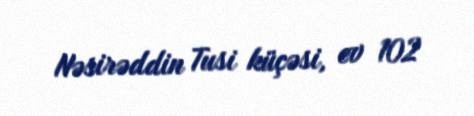
Nəsirəddin Tusi küçəsi, ev 102